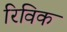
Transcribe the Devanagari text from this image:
रिविक